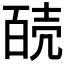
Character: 𰋊